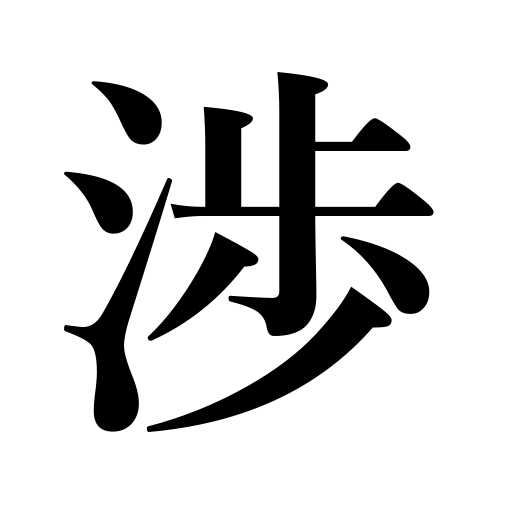
Meanings: ford,be imported,ferry,sweep across,cross,change hands,make one's way through life,migrate,be provided